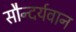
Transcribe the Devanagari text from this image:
सौन्दर्यवान